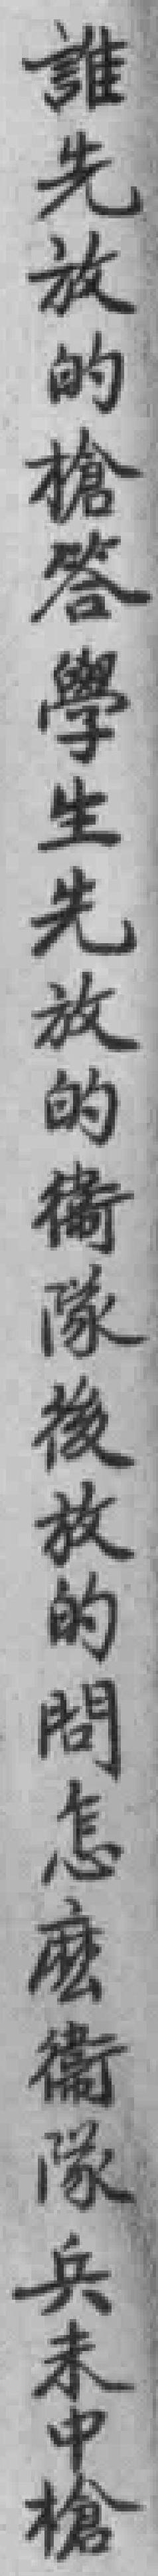
誰先放的槍答學生先放的衛隊後放的問怎麽衛隊兵未中槍